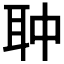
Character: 𦕏